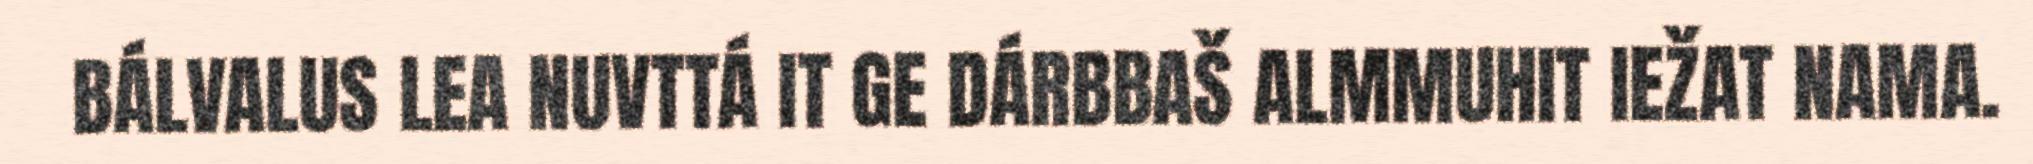
BÁLVALUS LEA NUVTTÁ IT GE DÁRBBAŠ ALMMUHIT IEŽAT NAMA.